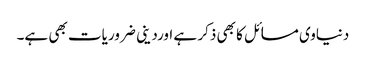
دنیاوی مسائل کا بھی ذکر ہے اورد ینی ضروریات بھی ہے۔